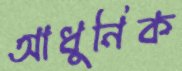
আধুনিক